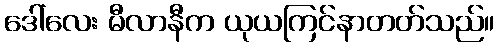
ဒေါ်လေး မီလာနီက ယုယကြင်နာတတ်သည်။